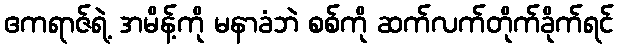
ဧကရာဇ်ရဲ့ အမိန့်ကို မနာခံဘဲ စစ်ကို ဆက်လက်တိုက်ခိုက်ရင်